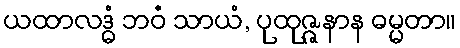
ယထာလဒ္ဓံ ဘဝံ သာယံ, ပုထုဇ္ဇနာန ဓမ္မတာ။